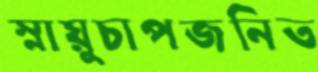
স্নায়ুচাপজনিত